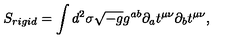
S _ { r i g i d } = \int d ^ { 2 } \sigma \sqrt { - g } g ^ { a b } \partial _ { a } t ^ { \mu \nu } \partial _ { b } t ^ { \mu \nu } ,